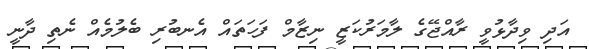
އަދި ވިދާޅުވީ ރާއްޖޭގެ ލާމަރުކަޒީ ނިޒާމް ފަހަތައް އެނބުރި ބެލުމެއް ނެތި ދާނީ